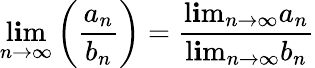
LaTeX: \operatorname*{l\mathbf{i}m}_{n\to\infty}\left({\frac{{a_{n}}}{{b_{n}}}}\right)={\frac{{\operatorname*{l\mathbf{i}m}_{n\to\infty}a_{n}}}{{\operatorname*{l\mathbf{i}m}_{n\to\infty}b_{n}}}}